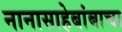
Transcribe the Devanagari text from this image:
नानासाहेबांबाचा